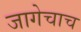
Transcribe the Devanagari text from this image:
जागेचाच